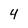
Character: 4